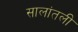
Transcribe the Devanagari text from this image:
सालांतली